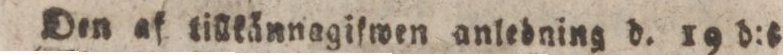
Den af tillkännagifwen anledning d. 19 d:t